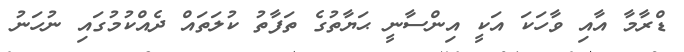
ޑްރާމާ އާއި ވާހަކަ އަކީ އިންސާނީ ޙަޔާތުގެ ތަފާތު ކުލަތައް ދެއްކުމުގައި ނުހަނު